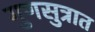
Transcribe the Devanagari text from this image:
गुणसुत्रात